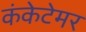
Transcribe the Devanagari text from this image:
कंकेटेमर